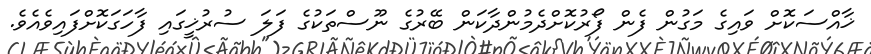
ޚާއްސަކޮށް ވައިގެ މަގުން ފެން ފޯރުކޮށްދެމުންދާކަން ބޭރުގެ ނޫސްތަކުގެ ފަލަ ސުރުޚީގައި ފާހަގަކޮށްފައިވެއެވެ.